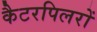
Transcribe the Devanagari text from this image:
कैटरपिलरों